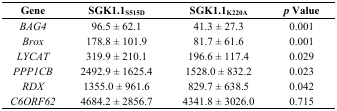
<table><thead><tr><td><b>Gene</b></td><td><b>SGK1.1<sub>S515D</sub></b></td><td><b>SGK1.1<sub>K220A</sub></b></td><td><b><i>p</i> Value</b></td></tr></thead><tbody><tr><td><i>BAG4</i></td><td>96.5 ± 62.1</td><td>41.3 ± 27.3</td><td>0.001</td></tr><tr><td><i>Brox</i></td><td>178.8 ± 101.9</td><td>81.7 ± 61.6</td><td>0.001</td></tr><tr><td><i>LYCAT</i></td><td>319.9 ± 210.1</td><td>196.6 ± 117.4</td><td>0.029</td></tr><tr><td><i>PPP1CB</i></td><td>2492.9 ± 1625.4</td><td>1528.0 ± 832.2</td><td>0.023</td></tr><tr><td><i>RDX</i></td><td>1355.0 ± 961.6</td><td>829.7 ± 638.5</td><td>0.042</td></tr><tr><td><i>C6ORF62</i></td><td>4684.2 ± 2856.7</td><td>4341.8 ± 3026.0</td><td>0.715</td></tr></tbody></table>